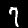
Digit: 7